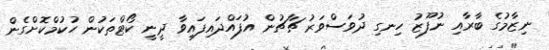
ނިޒާމުގެ ބާރާއި ނުފޫޒު ހިނގި ދުވަސްވަރު ޗާޗުން އުފައްދައިފައިވާ ދީނީ ކޯޓްތަކުން ހުކުމްކޮށްގެން